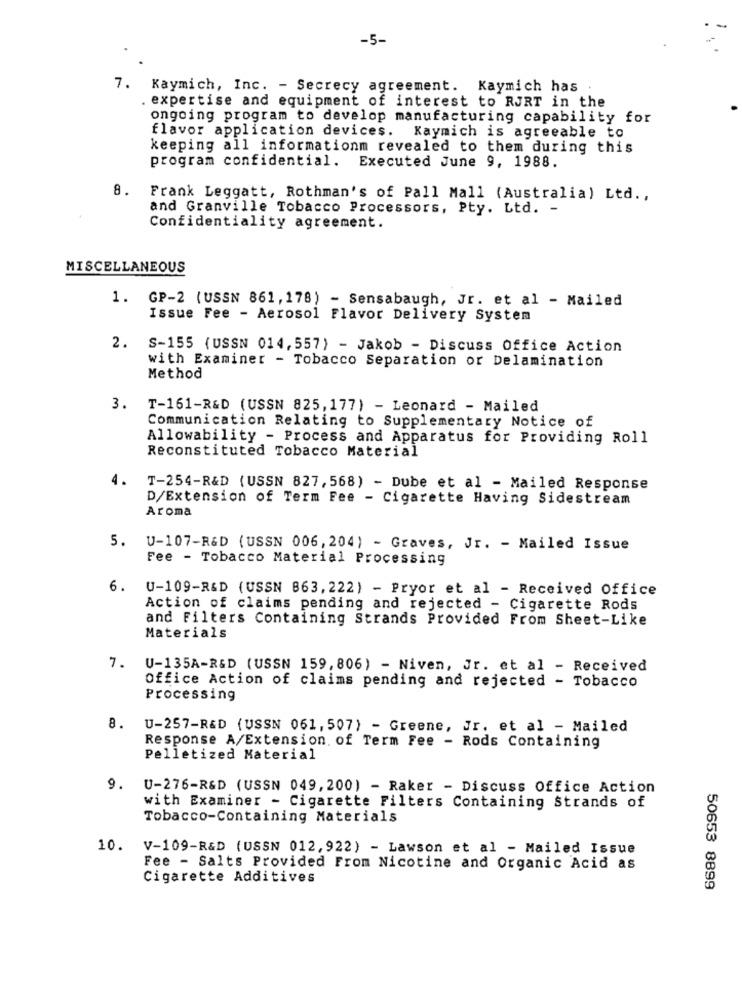
-5-
7. Kaymich, Inc. - Secrecy agreement. Kaymich has .
expertise and equipment of interest to RJRT in the
ongoing program to develop manufacturing capability for
flavor application devices.
Kaymich is agreeable to
keeping all informationm revealed to them during this
program confidential. Executed June 9, 1988.
8.
Frank Leggatt, Rothman's of Pall Mall (Australia) Ltd .,
and Granville Tobacco Processors, Pty. Ltd. -
Confidentiality agreement.
MISCELLANEOUS
1. GP-2 (USSN 861,178) - Sensabaugh, Jr. et al - Mailed
Issue Fee - Aerosol Flavor Delivery System
2. S-155 (USSN 014,557) - Jakob - Discuss Office Action
with Examiner - Tobacco Separation or Delamination
Method
3.
T-161-R&D (USSN 825,177) - Leonard - Mailed
Communication Relating to Supplementary Notice of
Allowability - Process and Apparatus for Providing Roll
Reconstituted Tobacco Material
4.
T-254-R&D (USSN 827, 568) - Dube et al - Mailed Response
D/Extension of Term Fee - Cigarette Having Sidestream
Aroma
5.
U-107-R&D (USSN 006, 204) - Graves, Jr. - Mailed Issue
Fee - Tobacco Material Processing
6.
U-109-R&D (USSN 863, 222) - Pryor et al - Received Office
Action of claims pending and rejected - Cigarette Rods
and Filters Containing Strands Provided From Sheet-Like
Materials
7.
U-135A-R&D (USSN 159, 806) - Niven, Jr. et al - Received
Office Action of claims pending and rejected - Tobacco
Processing
8.
U-257-R&D (USSN 061,507) - Greene, Jr. et al - Mailed
Response A/Extension of Term Fee - Rods Containing
Pelletized Material
9.
U-276-R&D (USSN 049, 200) - Raker - Discuss Office Action
with Examiner - Cigarette Filters Containing Strands of
Tobacco-Containing Materials
10.
V-109-R&D (USSN 012,922) - Lawson et al - Mailed Issue
Fee - Salts Provided From Nicotine and Organic Acid as
Cigarette Additives
50653 8899